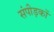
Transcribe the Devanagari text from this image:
संपीड़कों